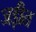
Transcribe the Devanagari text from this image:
जड़ीत